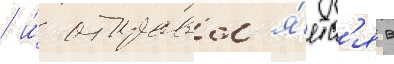
/ и́ отправл'я́етс'я в